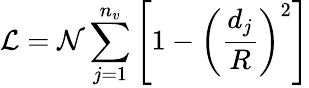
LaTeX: {\cal L}={\cal N}\sum_{j=1}^{n_{v}}\left[1-\left(\frac{d_{j}}{R}\right)^{2}\right]